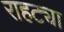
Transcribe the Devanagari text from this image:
राहट्या